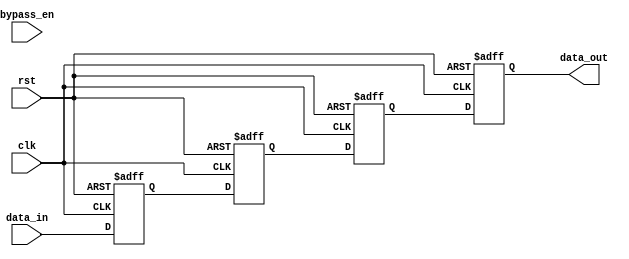
module CASCADE_BYPASS_REGISTER (
    input wire clk,
    input wire rst,
    input wire bypass_en,
    input wire [7:0] data_in,
    output reg [7:0] data_out
);

reg [7:0] reg1, reg2, reg3, reg4;

always @ (posedge clk or posedge rst) begin
    if (rst) begin
        reg1 <= 8'b0;
        reg2 <= 8'b0;
        reg3 <= 8'b0;
        reg4 <= 8'b0;
    end else begin
        reg1 <= data_in;
        if (bypass_en) begin
            reg2 <= reg1;
        end else begin
            reg2 <= reg1;
        end
        reg3 <= reg2;
        reg4 <= reg3;
    end
end

assign data_out = reg4;

endmodule